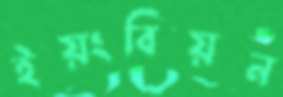
ইয়ংবিয়ন